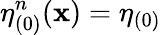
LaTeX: \eta_{(0)}^{n}(\mathbf{x})=\eta_{(0)}